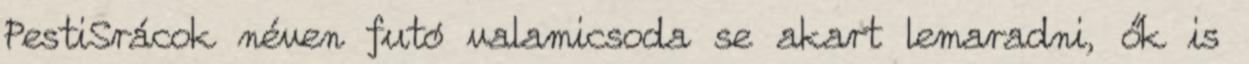
PestiSrácok néven futó valamicsoda se akart lemaradni, ők is